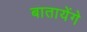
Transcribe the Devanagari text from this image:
बातायेंगे